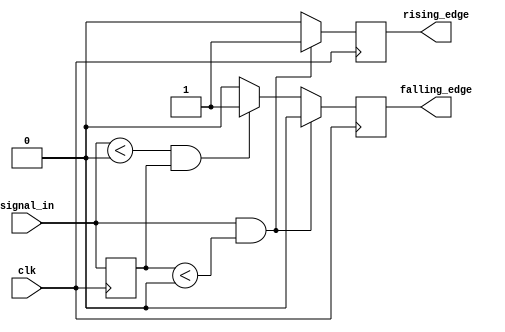
module SchmittTriggerEdgeDetector (
    input wire clk,               // Clock input
    input wire signal_in,         // Digital input signal
    output reg rising_edge,       // Rising edge detected output
    output reg falling_edge       // Falling edge detected output
);
    
    // Define threshold levels
    parameter Vth_high = 1'b1;    // Upper threshold for high
    parameter Vth_low = 1'b0;     // Lower threshold for low
    
    reg prev_state;               // To store the previous state of the input signal
    
    // Initial conditions
    initial begin
        prev_state = 1'b0;        // Assume initial state is low
        rising_edge = 1'b0;       // Initially no rising edge detected
        falling_edge = 1'b0;      // Initially no falling edge detected
    end

    // Edge detection logic
    always @(posedge clk) begin
        // Edge Detection Logic
        rising_edge <= 1'b0;          // Clear rising edge flag
        falling_edge <= 1'b0;         // Clear falling edge flag
        
        // Check for rising edge condition
        if (signal_in == Vth_high && prev_state < Vth_low) begin
            rising_edge <= 1'b1;      // Rising edge detected
        end
        // Check for falling edge condition
        else if (signal_in < Vth_low && prev_state == Vth_high) begin
            falling_edge <= 1'b1;     // Falling edge detected
        end
        
        // Update previous state
        prev_state <= signal_in;      // Sample current input signal
    end
endmodule